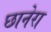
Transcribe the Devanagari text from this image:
छानेरा